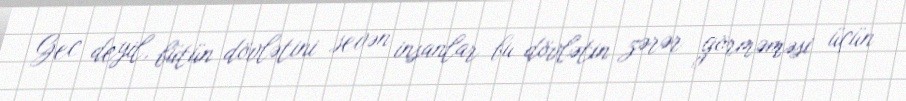
Gec deyil, bütün dövlətini sevən insanlar bu dövlətin zərər görməməsi üçün